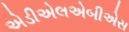
એડીએલએબીએસ